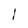
Character: l